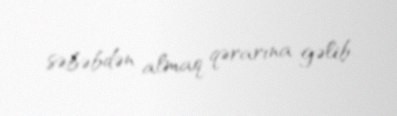
səbəbdən almaq qərarına gəlib.